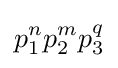
p_{1}^{n}p_{2}^{m}p_{3}^{q}